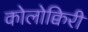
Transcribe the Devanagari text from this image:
कोलोक्विरी